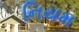
નિયમ